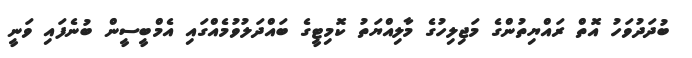
ބުދަދުވަހު އޮތް ރައްޔިތުންގެ މަޖިލިހުގެ މާލިއްޔަތު ކޮމިޓީގެ ބައްދަލުވުމެއްގައި އެމްބީސީން ބުނެފައި ވަނީ